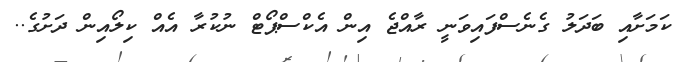
ކަމަށާއި ބަދަލު ގެނެސްފައިވަނީ ރާއްޖެ އިން އެކްސްޕޯޓް ނުކުރާ އެއް ކިލޯއިން ދަށުގެ..